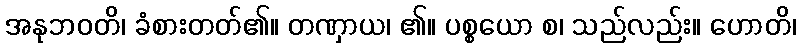
အနုဘဝတိ၊ ခံစားတတ်၏။ တဏှာယ၊ ၏။ ပစ္စယော စ၊ သည်လည်း။ ဟောတိ၊